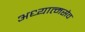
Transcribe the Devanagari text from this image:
अध्यात्मसेव